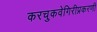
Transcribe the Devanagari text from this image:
करचुकवेगिरीप्रकरणी